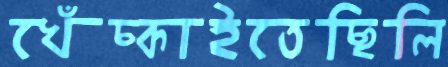
খেঁচ্‌কাইতেছিলি